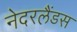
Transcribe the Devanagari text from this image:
नेदरलैंडस